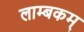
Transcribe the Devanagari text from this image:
लाम्बकम्